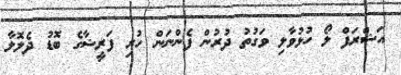
އަޝްރަފް ލޯ ހުޅުވާލި ވަގުތު ދުރުން ފެންނަން ހުރި ފަރީޝާގެ ބޮޑު ދެލޮލާ